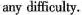
any difficulty.